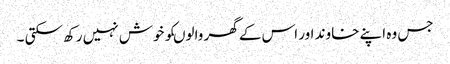
جس وہ اپنے خاوند اور اس کے گھر والوںکو خوش نہیں رکھ سکتی ۔